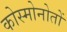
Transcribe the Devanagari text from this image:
कोस्मोनोतों